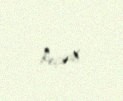
keçirib.